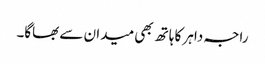
راجہ داہر کا ہاتھ بھی میدان سے بھاگا۔